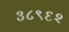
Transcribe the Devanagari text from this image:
३८९६२